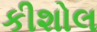
કીશોલ